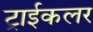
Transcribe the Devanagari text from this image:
ट्राईकलर